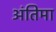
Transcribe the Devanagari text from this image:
अंतिमा